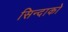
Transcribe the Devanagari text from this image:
सिन्दाको